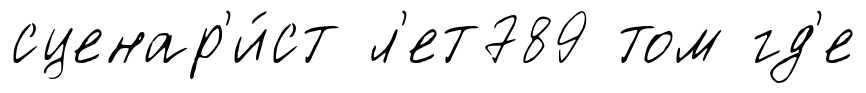
сценар'и́ст л'ет789 том гд'е